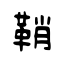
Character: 鞘